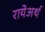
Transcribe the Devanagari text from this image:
रायेअर्थ